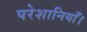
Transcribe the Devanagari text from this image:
परेशानियाँ।